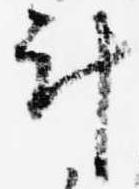
計